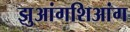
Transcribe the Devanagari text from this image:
झुआंगशिआंग